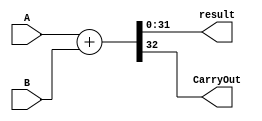

module addi(A, result, B, CarryOut);
	output[31:0] result;
	output CarryOut;
	input [31:0] A, B;
	wire signed [31:0] A ,B;

	assign {CarryOut,result} = A + B ;
endmodule